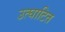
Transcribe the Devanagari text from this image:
उत्घाटित